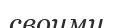
своими